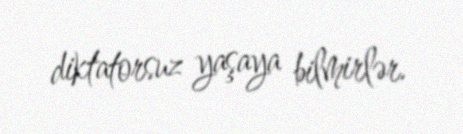
diktatorsuz yaşaya bilmirlər.